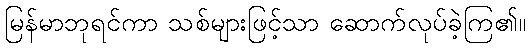
မြန်မာဘုရင်ကာ သစ်များဖြင့်သာ ဆောက်လုပ်ခဲ့ကြ၏။